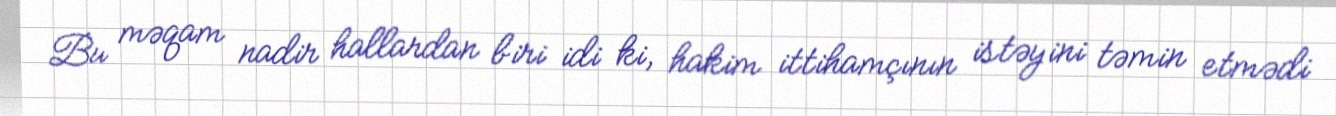
Bu məqam nadir hallardan biri idi ki, hakim ittihamçının istəyini təmin etmədi